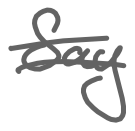
Text: Say
Cross-out: double-line
Writing tool: digital_gray